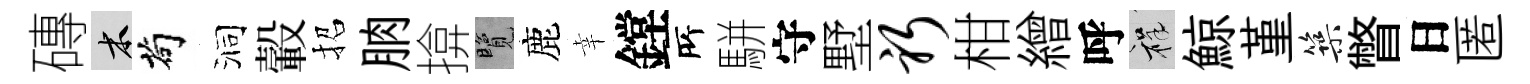
磚木茍洞轂招朒揜覽鹿幸鏜𠩄駢守墅躬柑繒呼祥鯨堇築瞥日匿